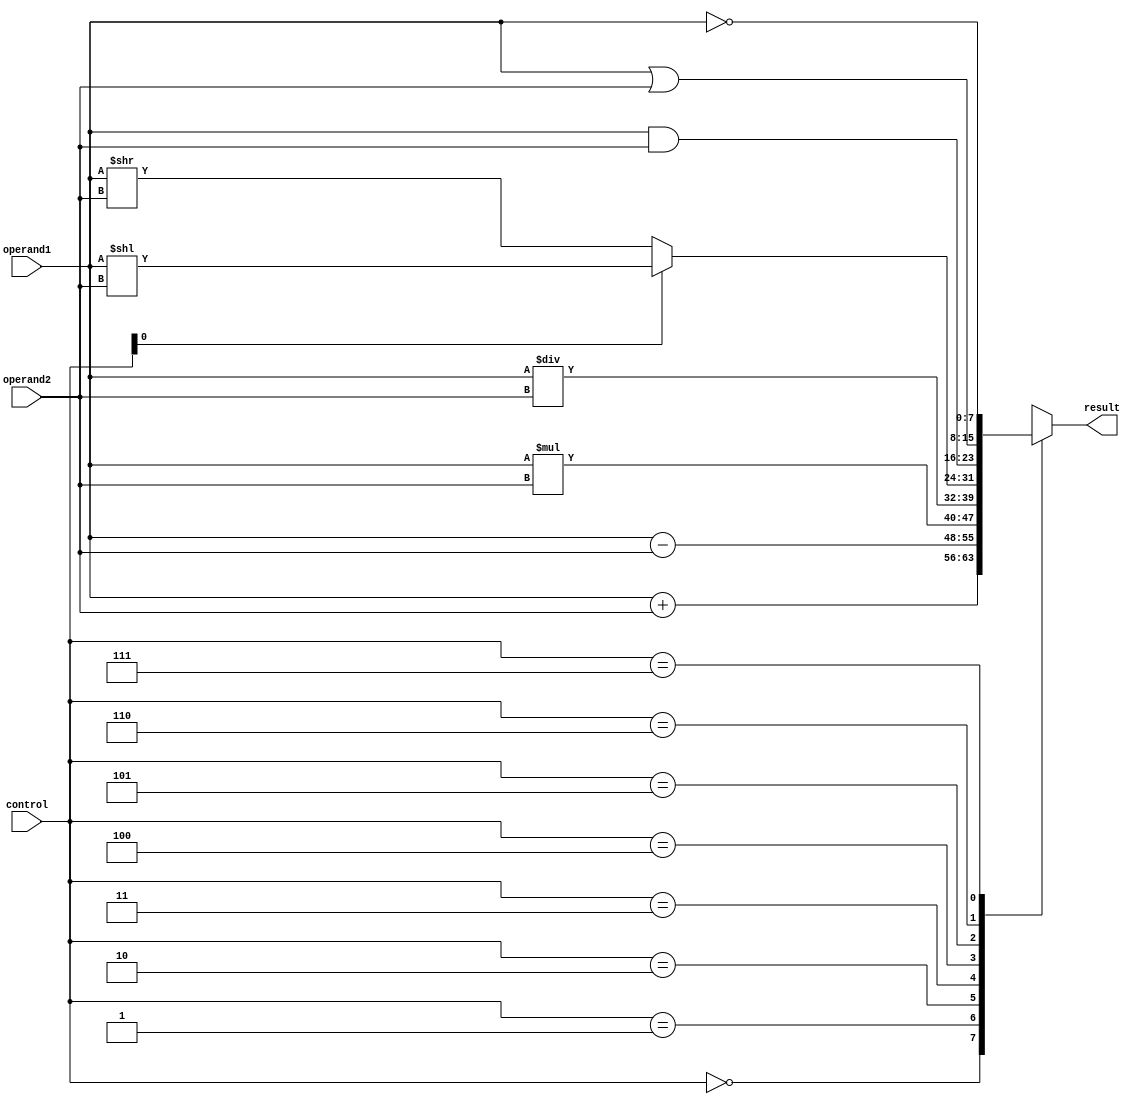
module ALU(
    input [7:0] operand1,
    input [7:0] operand2,
    input [2:0] control,
    output reg [7:0] result
);

// Functional block definitions
wire [7:0] addition_result;
wire [7:0] subtraction_result;
wire [7:0] multiplication_result;
wire [7:0] division_result;
wire [7:0] shift_result;
wire [7:0] bitwise_and_result;
wire [7:0] bitwise_or_result;
wire [7:0] bitwise_not_result;

// Adder
assign addition_result = operand1 + operand2;

// Subtractor
assign subtraction_result = operand1 - operand2;

// Multiplier
assign multiplication_result = operand1 * operand2;

// Divider
assign division_result = operand1 / operand2;

// Shifter
assign shift_result = (control[0] == 1) ? (operand1 << operand2) : (operand1 >> operand2);

// Logic gates
assign bitwise_and_result = operand1 & operand2;
assign bitwise_or_result = operand1 | operand2;
assign bitwise_not_result = ~operand1;

// Output based on control signals
always @(*)
begin
    case(control)
        3'b000: result = addition_result; // Addition
        3'b001: result = subtraction_result; // Subtraction
        3'b010: result = multiplication_result; // Multiplication
        3'b011: result = division_result; // Division
        3'b100: result = shift_result; // Shift
        3'b101: result = bitwise_and_result; // Bitwise AND
        3'b110: result = bitwise_or_result; // Bitwise OR
        3'b111: result = bitwise_not_result; // Bitwise NOT
        default: result = 8'hFF; // Default result
    endcase
end

endmodule